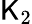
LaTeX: \mathsf{K}_{2}